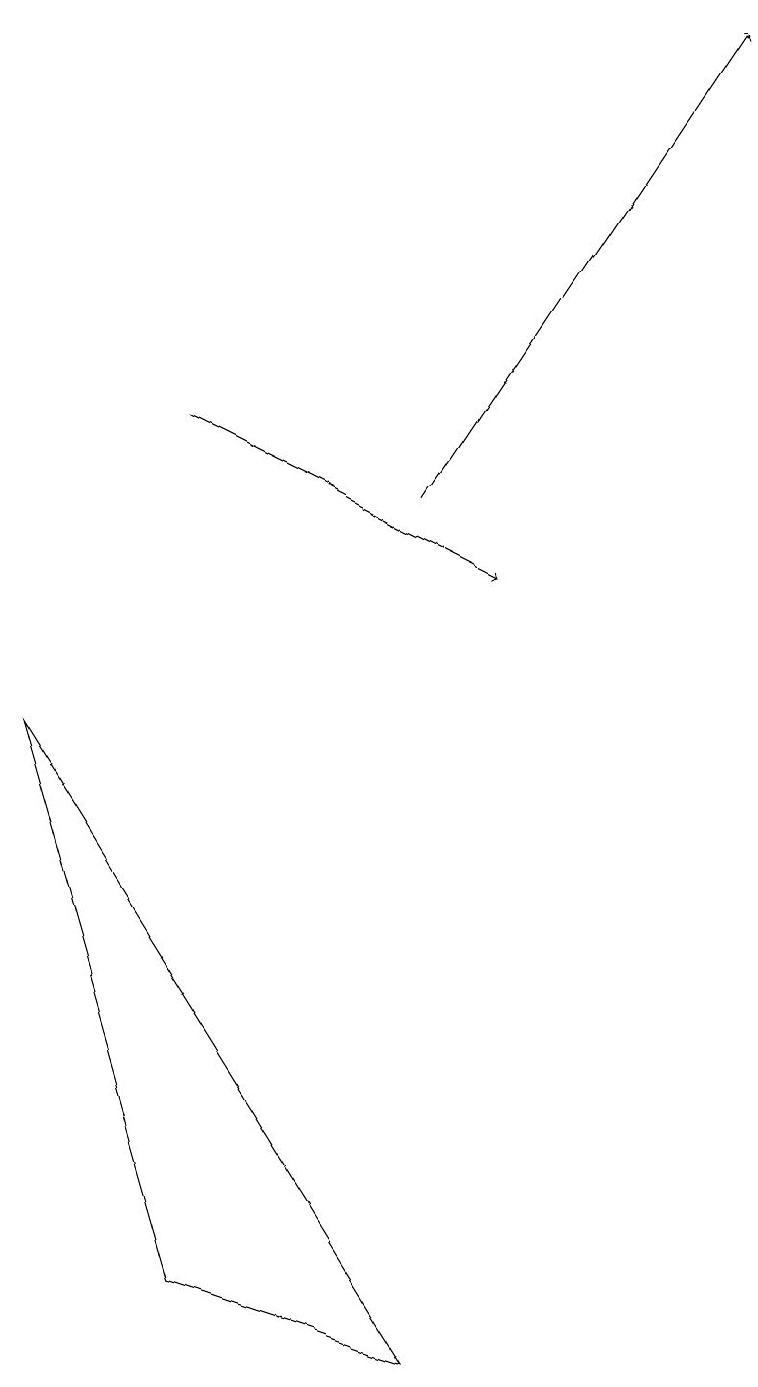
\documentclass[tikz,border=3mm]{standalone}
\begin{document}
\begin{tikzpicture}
\draw[->] (5,11) -- (9,17);
\draw[->] (2,12) -- (6,10);
\draw (2,1) -- (0,8) -- (5,0) -- cycle;
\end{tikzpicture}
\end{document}